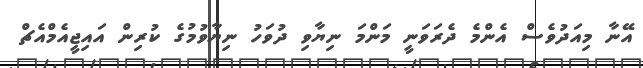
އޭނާ މިއަދުވެސް އެންމެ ދެރަވަނީ މަންމަ ނިޔާވި ދުވަހު ނިޔާވުމުގެ ކުރިން އައިޖީއެމްއެޗް